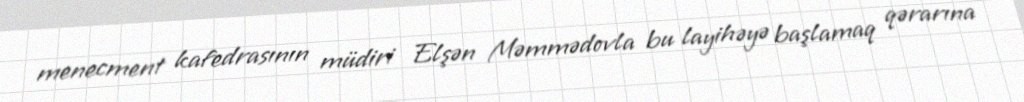
menecment kafedrasının müdiri Elşən Məmmədovla bu layihəyə başlamaq qərarına